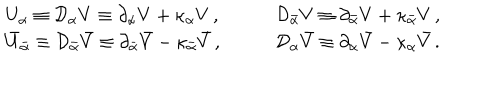
LaTeX: \begin{array} { l l } { { U _ { \alpha } \equiv { \cal D } _ { \alpha } V \equiv \partial _ { \alpha } V + \kappa _ { \alpha } V \, , \qquad } } & { { { \cal D } _ { \bar { \alpha } } V \equiv \partial _ { \bar { \alpha } } V + \kappa _ { \bar { \alpha } } V \, , } } \\ { { \bar { U } _ { \bar { \alpha } } \equiv { \cal D } _ { \bar { \alpha } } \bar { V } \equiv \partial _ { \bar { \alpha } } \bar { V } - \kappa _ { \bar { \alpha } } \bar { V } \, , \qquad } } & { { { \cal D } _ { \alpha } \bar { V } \equiv \partial _ { \alpha } \bar { V } - \kappa _ { \alpha } \bar { V } \, . } } \\ \end{array}